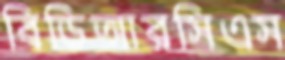
বিডিআরসিএস